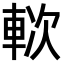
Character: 𨋰